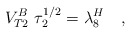
\begin{align*}V^B_{T2}\ \tau_2^{1/2}= \lambda_8^H\quad,\end{align*}